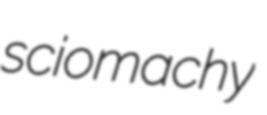
sciomachy